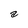
Character: a